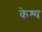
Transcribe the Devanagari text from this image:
केश्य